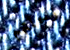
رحلتهم